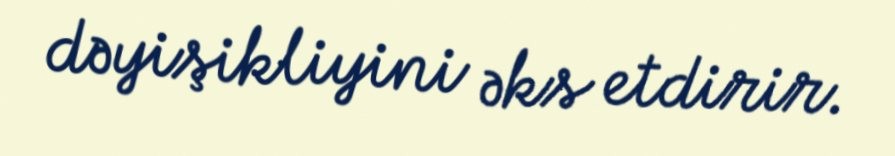
dəyişikliyini əks etdirir.